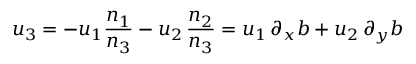
u _ { 3 } = - u _ { 1 } \frac { n _ { 1 } } { n _ { 3 } } - u _ { 2 } \, \frac { n _ { 2 } } { n _ { 3 } } = u _ { 1 } \, \partial _ { x } b + u _ { 2 } \, \partial _ { y } b